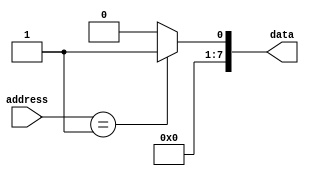
module mask_programmed_rom (
    input [5:0] address,
    output reg [7:0] data
);

always @(*)
begin
    case(address)
        6'd0: data = 8'b00000000; // data stored at address 0
        6'd1: data = 8'b00000001; // data stored at address 1
        // add more cases for other memory addresses
        default: data = 8'b00000000; // default case
    endcase
end

endmodule